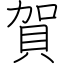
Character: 賀